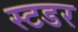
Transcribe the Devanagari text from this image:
स्टडर